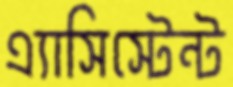
এ্যাসিস্টেন্ট